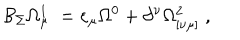
\mathcal { B } _ { \Sigma } \Omega _ { \mu \; } ^ { 1 } = \varepsilon _ { \mu } \Omega ^ { 0 } + \partial ^ { \nu } \Omega _ { [ \nu \mu ] } ^ { 2 } \; ,